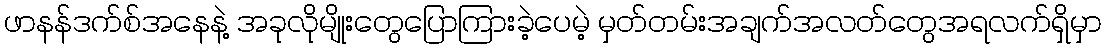
ဖာနန်ဒက်စ်အနေနဲ့ အခုလိုမျိုးတွေပြောကြားခဲ့ပေမဲ့ မှတ်တမ်းအချက်အလတ်တွေအရလက်ရှိမှာ